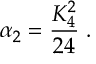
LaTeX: \alpha _ { 2 } = \frac { K _ { 4 } ^ { 2 } } { 2 4 } \; .